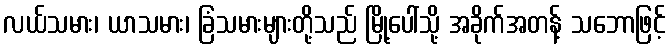
လယ်သမား၊ ယာသမား၊ ခြံသမားများတို့သည် မြို့ပေါ်သို့ အခိုက်အတန့် သဘောဖြင့်